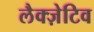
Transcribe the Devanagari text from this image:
लैक्ज़ेटिव